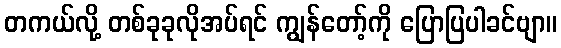
တကယ်လို့ တစ်ခုခုလိုအပ်ရင် ကျွန်တော့်ကို ပြောပြပါခင်ဗျာ။